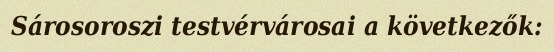
Sárosoroszi testvérvárosai a következők: